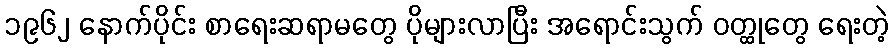
၁၉၆၂ နောက်ပိုင်း စာရေးဆရာမတွေ ပိုများလာပြီး အရောင်းသွက် ဝတ္ထုတွေ ရေးတဲ့